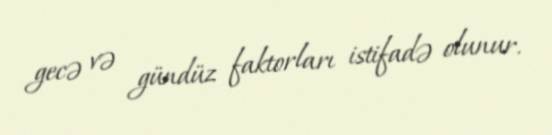
gecə və gündüz faktorları istifadə olunur.